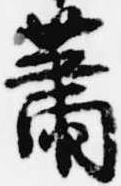
蕭